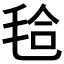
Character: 𣭝